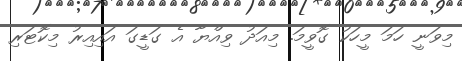
މިވަނީ ހަމަ މީހަކު ގޮވީމަ. މިއަދު ވިއްޔާ އެ ގަޑީގަ އައިއިރު މިކޮޓަރި